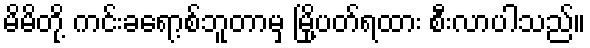
မိမိတို့ ကင်းခရော့စ်ဘူတာမှ မြို့ပတ်ရထား စီးလာပါသည်။